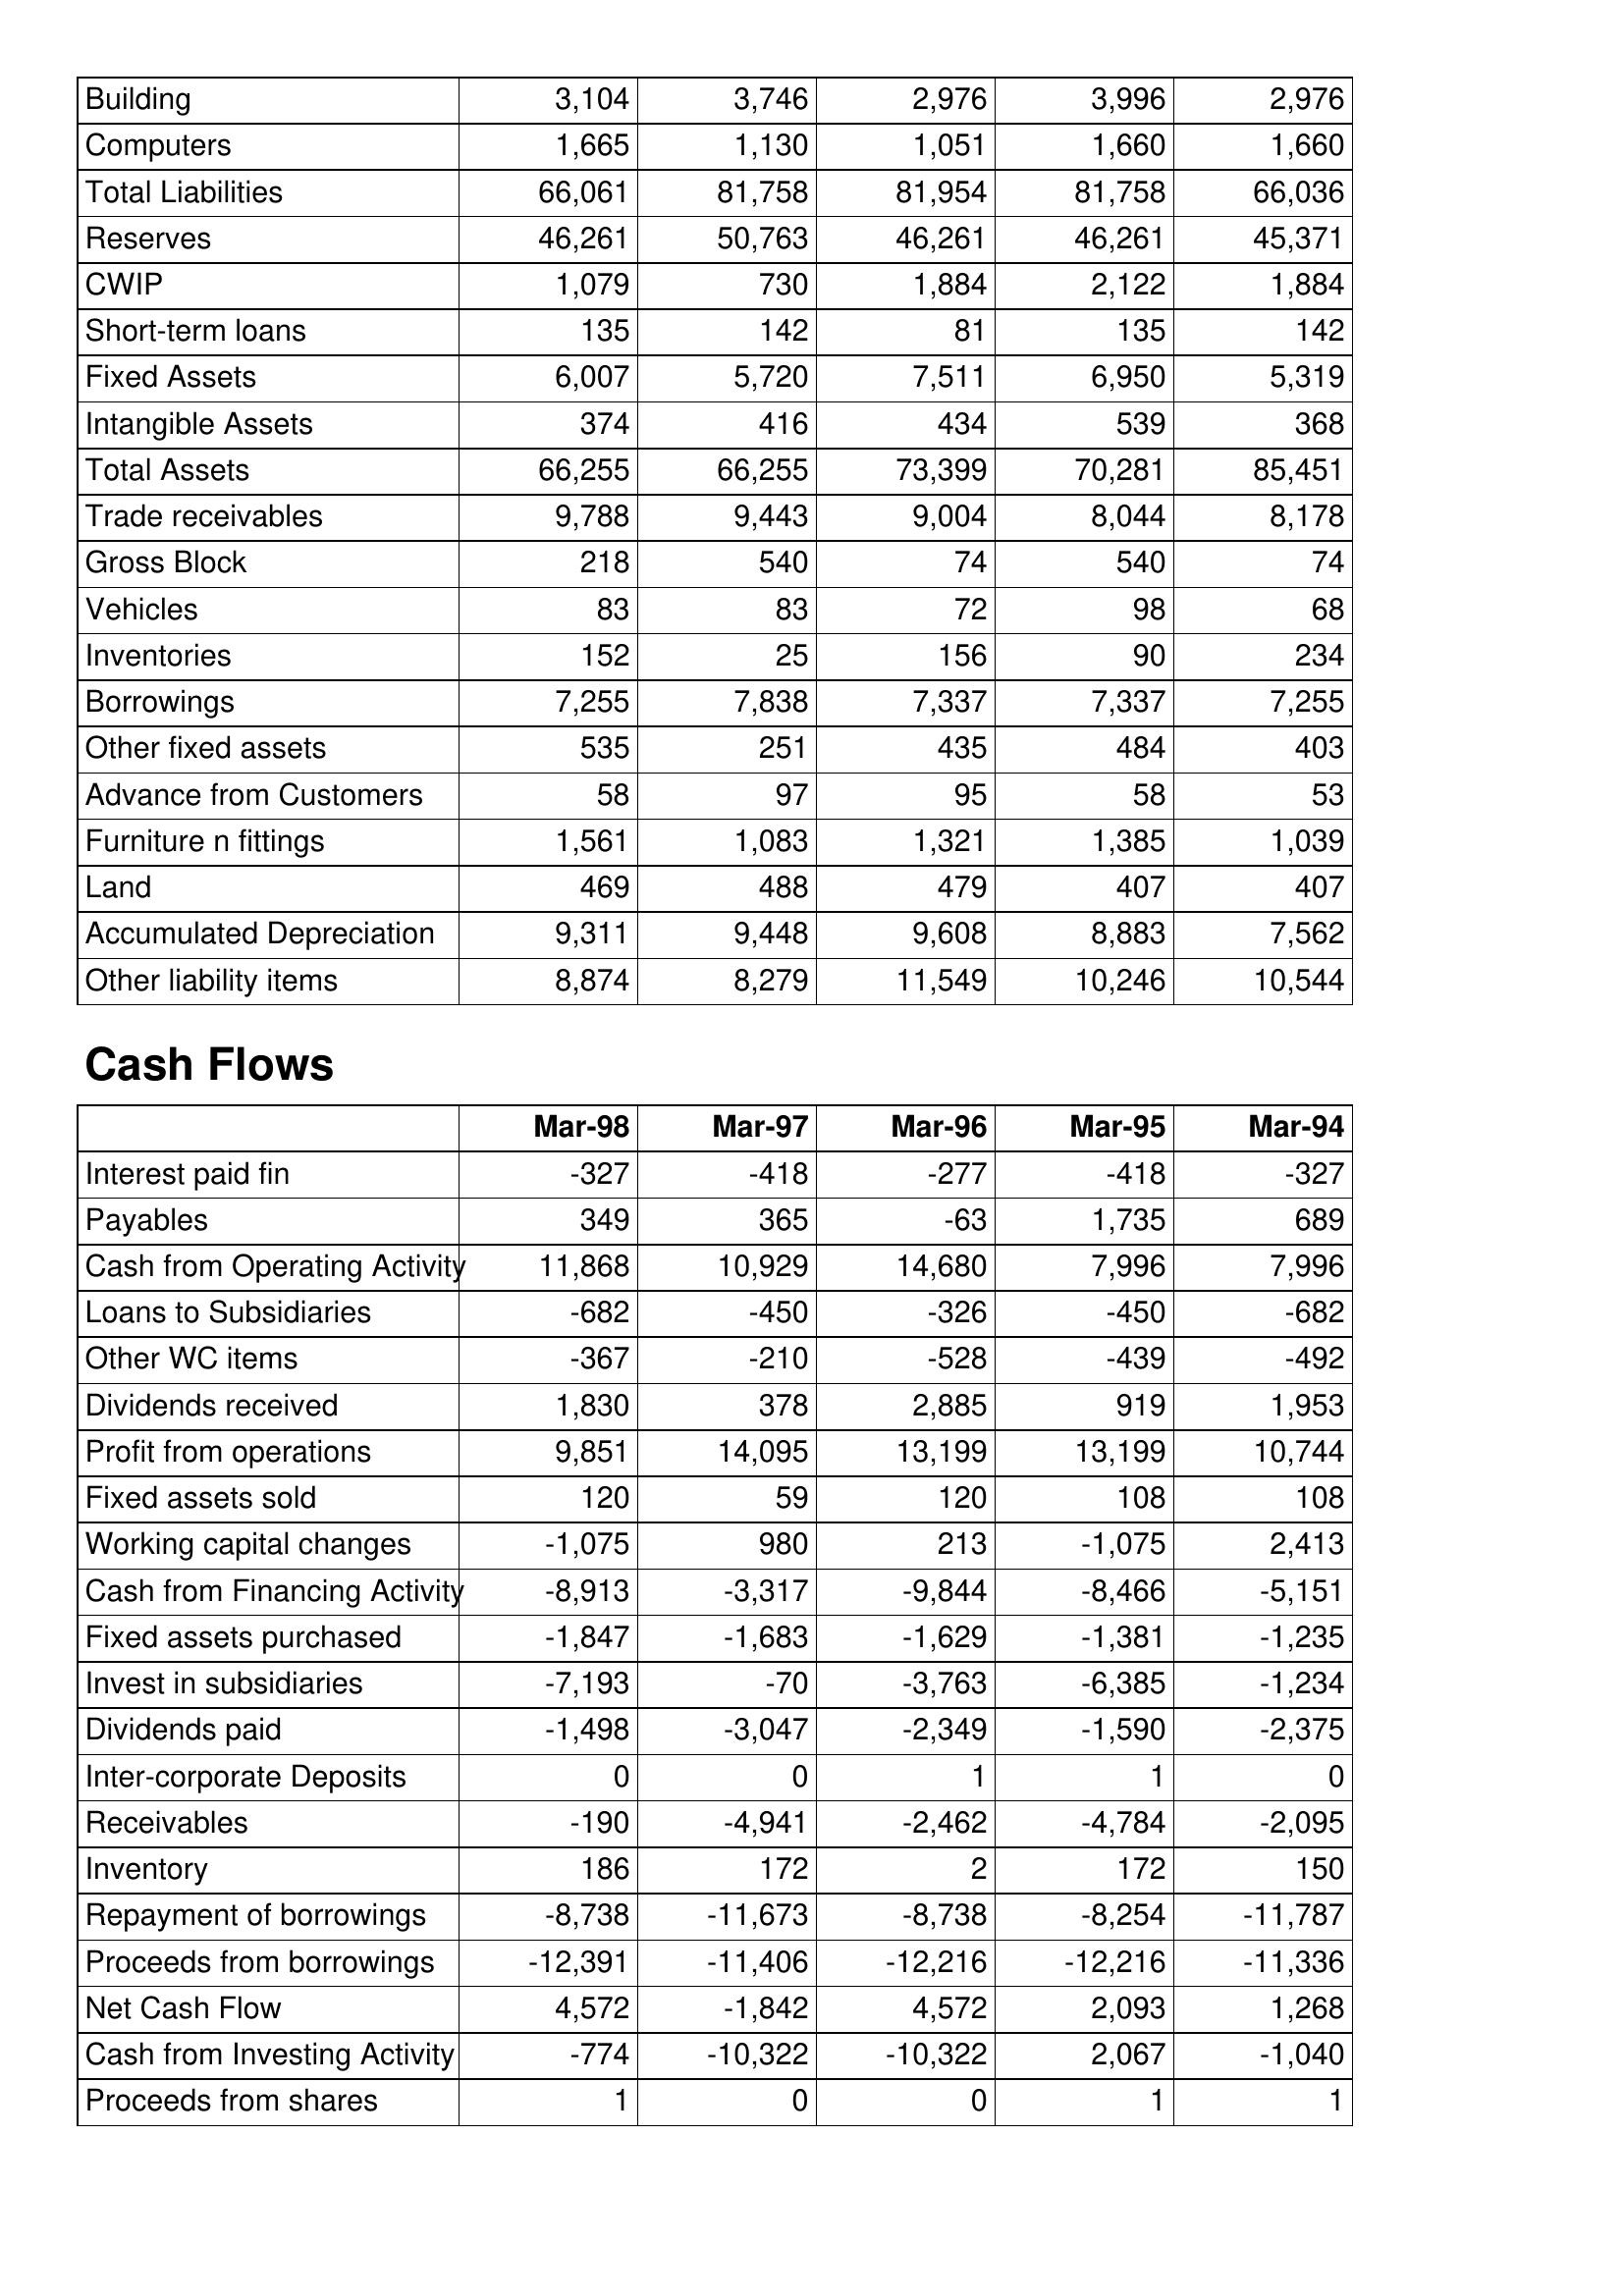
Mar-98: Balance Sheet: Building: 3,104
Computers: 1,665
Total Liabilities: 66,061
Reserves: 46,261
CWIP: 1,079
Short-term loans: 135
Fixed Assets: 6,007
Intangible Assets: 374
Total Assets: 66,255
Trade receivables: 9,788
Gross Block: 218
Vehicles: 83
Inventories: 152
Borrowings: 7,255
Other fixed assets: 535
Advance from Customers: 58
Furniture n fittings: 1,561
Land: 469
Accumulated Depreciation: 9,311
Other liability items: 8,874
Cash Flows: Interest paid fin: -327
Payables: 349
Cash from Operating Activity: 11,868
Loans to Subsidiaries: -682
Other WC items: -367
Dividends received: 1,830
Profit from operations: 9,851
Fixed assets sold: 120
Working capital changes: -1,075
Cash from Financing Activity: -8,913
Fixed assets purchased: -1,847
Invest in subsidiaries: -7,193
Dividends paid: -1,498
Inter-corporate Deposits: 0
Receivables: -190
Inventory: 186
Repayment of borrowings: -8,738
Proceeds from borrowings: -12,391
Net Cash Flow: 4,572
Cash from Investing Activity: -774
Proceeds from shares: 1
Mar-97: Balance Sheet: Building: 3,746
Computers: 1,130
Total Liabilities: 81,758
Reserves: 50,763
CWIP: 730
Short-term loans: 142
Fixed Assets: 5,720
Intangible Assets: 416
Total Assets: 66,255
Trade receivables: 9,443
Gross Block: 540
Vehicles: 83
Inventories: 25
Borrowings: 7,838
Other fixed assets: 251
Advance from Customers: 97
Furniture n fittings: 1,083
Land: 488
Accumulated Depreciation: 9,448
Other liability items: 8,279
Cash Flows: Interest paid fin: -418
Payables: 365
Cash from Operating Activity: 10,929
Loans to Subsidiaries: -450
Other WC items: -210
Dividends received: 378
Profit from operations: 14,095
Fixed assets sold: 59
Working capital changes: 980
Cash from Financing Activity: -3,317
Fixed assets purchased: -1,683
Invest in subsidiaries: -70
Dividends paid: -3,047
Inter-corporate Deposits: 0
Receivables: -4,941
Inventory: 172
Repayment of borrowings: -11,673
Proceeds from borrowings: -11,406
Net Cash Flow: -1,842
Cash from Investing Activity: -10,322
Proceeds from shares: 0
Mar-96: Balance Sheet: Building: 2,976
Computers: 1,051
Total Liabilities: 81,954
Reserves: 46,261
CWIP: 1,884
Short-term loans: 81
Fixed Assets: 7,511
Intangible Assets: 434
Total Assets: 73,399
Trade receivables: 9,004
Gross Block: 74
Vehicles: 72
Inventories: 156
Borrowings: 7,337
Other fixed assets: 435
Advance from Customers: 95
Furniture n fittings: 1,321
Land: 479
Accumulated Depreciation: 9,608
Other liability items: 11,549
Cash Flows: Interest paid fin: -277
Payables: -63
Cash from Operating Activity: 14,680
Loans to Subsidiaries: -326
Other WC items: -528
Dividends received: 2,885
Profit from operations: 13,199
Fixed assets sold: 120
Working capital changes: 213
Cash from Financing Activity: -9,844
Fixed assets purchased: -1,629
Invest in subsidiaries: -3,763
Dividends paid: -2,349
Inter-corporate Deposits: 1
Receivables: -2,462
Inventory: 2
Repayment of borrowings: -8,738
Proceeds from borrowings: -12,216
Net Cash Flow: 4,572
Cash from Investing Activity: -10,322
Proceeds from shares: 0
Mar-95: Balance Sheet: Building: 3,996
Computers: 1,660
Total Liabilities: 81,758
Reserves: 46,261
CWIP: 2,122
Short-term loans: 135
Fixed Assets: 6,950
Intangible Assets: 539
Total Assets: 70,281
Trade receivables: 8,044
Gross Block: 540
Vehicles: 98
Inventories: 90
Borrowings: 7,337
Other fixed assets: 484
Advance from Customers: 58
Furniture n fittings: 1,385
Land: 407
Accumulated Depreciation: 8,883
Other liability items: 10,246
Cash Flows: Interest paid fin: -418
Payables: 1,735
Cash from Operating Activity: 7,996
Loans to Subsidiaries: -450
Other WC items: -439
Dividends received: 919
Profit from operations: 13,199
Fixed assets sold: 108
Working capital changes: -1,075
Cash from Financing Activity: -8,466
Fixed assets purchased: -1,381
Invest in subsidiaries: -6,385
Dividends paid: -1,590
Inter-corporate Deposits: 1
Receivables: -4,784
Inventory: 172
Repayment of borrowings: -8,254
Proceeds from borrowings: -12,216
Net Cash Flow: 2,093
Cash from Investing Activity: 2,067
Proceeds from shares: 1
Mar-94: Balance Sheet: Building: 2,976
Computers: 1,660
Total Liabilities: 66,036
Reserves: 45,371
CWIP: 1,884
Short-term loans: 142
Fixed Assets: 5,319
Intangible Assets: 368
Total Assets: 85,451
Trade receivables: 8,178
Gross Block: 74
Vehicles: 68
Inventories: 234
Borrowings: 7,255
Other fixed assets: 403
Advance from Customers: 53
Furniture n fittings: 1,039
Land: 407
Accumulated Depreciation: 7,562
Other liability items: 10,544
Cash Flows: Interest paid fin: -327
Payables: 689
Cash from Operating Activity: 7,996
Loans to Subsidiaries: -682
Other WC items: -492
Dividends received: 1,953
Profit from operations: 10,744
Fixed assets sold: 108
Working capital changes: 2,413
Cash from Financing Activity: -5,151
Fixed assets purchased: -1,235
Invest in subsidiaries: -1,234
Dividends paid: -2,375
Inter-corporate Deposits: 0
Receivables: -2,095
Inventory: 150
Repayment of borrowings: -11,787
Proceeds from borrowings: -11,336
Net Cash Flow: 1,268
Cash from Investing Activity: -1,040
Proceeds from shares: 1